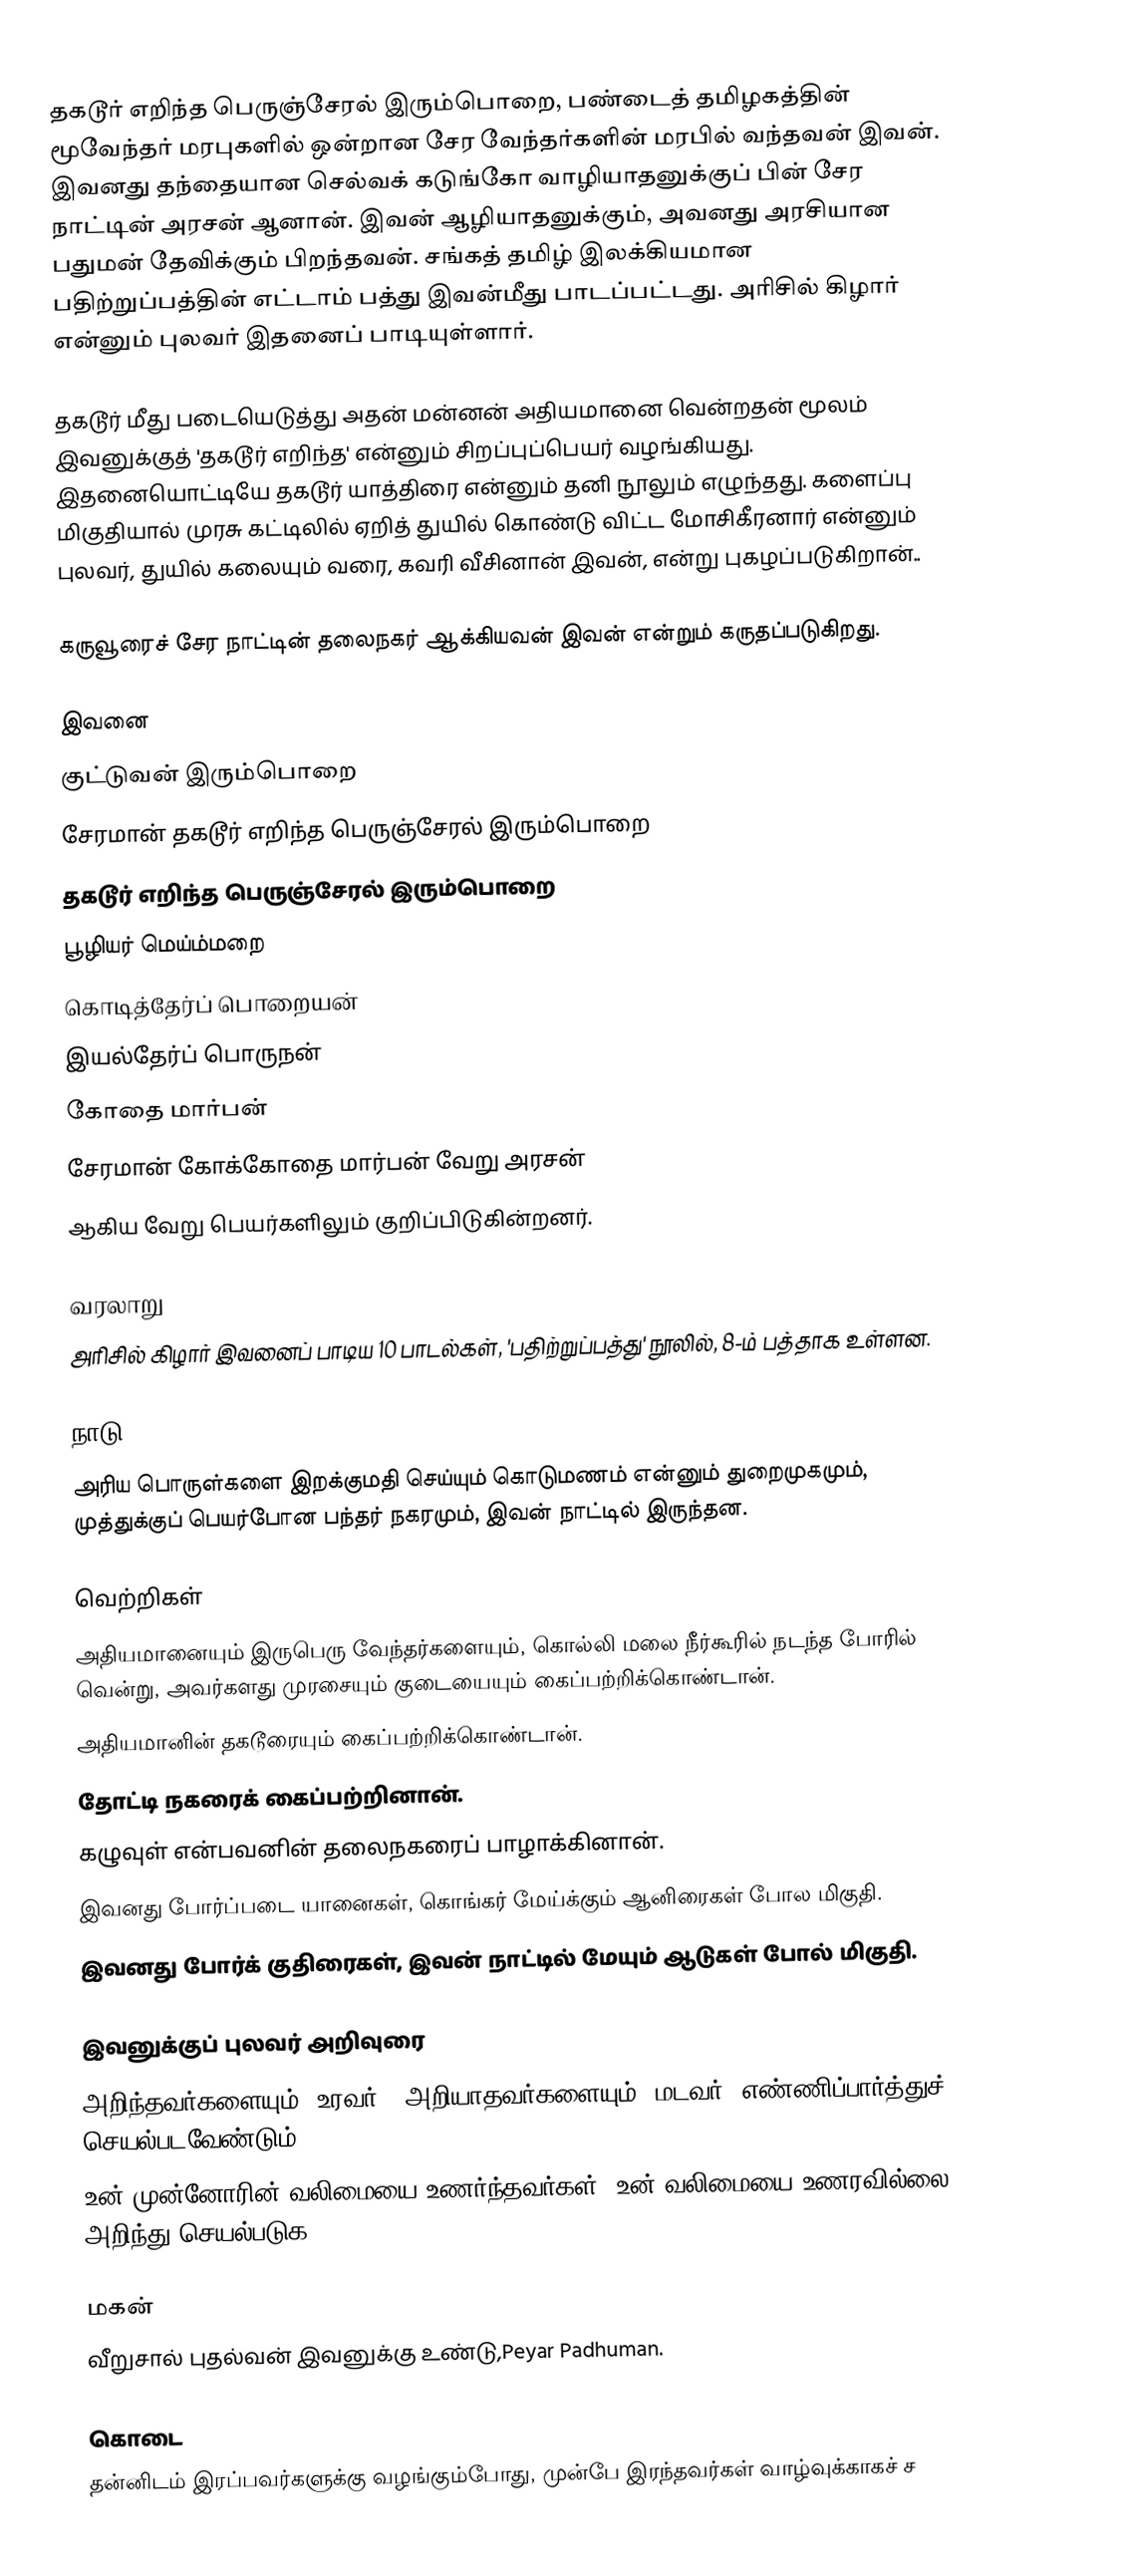
தகடூர் எறிந்த பெருஞ்சேரல் இரும்பொறை, பண்டைத் தமிழகத்தின் மூவேந்தர் மரபுகளில் ஒன்றான சேர வேந்தர்களின் மரபில் வந்தவன் இவன். இவனது தந்தையான செல்வக் கடுங்கோ வாழியாதனுக்குப் பின் சேர நாட்டின் அரசன் ஆனான். இவன் ஆழியாதனுக்கும், அவனது அரசியான பதுமன் தேவிக்கும் பிறந்தவன். சங்கத் தமிழ் இலக்கியமான பதிற்றுப்பத்தின் எட்டாம் பத்து இவன்மீது பாடப்பட்டது. அரிசில் கிழார் என்னும் புலவர் இதனைப் பாடியுள்ளார்.

தகடூர் மீது படையெடுத்து அதன் மன்னன் அதியமானை வென்றதன் மூலம் இவனுக்குத் 'தகடூர் எறிந்த' என்னும் சிறப்புப்பெயர் வழங்கியது. இதனையொட்டியே தகடூர் யாத்திரை என்னும் தனி நூலும் எழுந்தது. களைப்பு மிகுதியால் முரசு கட்டிலில் ஏறித் துயில் கொண்டு விட்ட மோசிகீரனார் என்னும் புலவர், துயில் கலையும் வரை, கவரி வீசினான் இவன், என்று புகழப்படுகிறான்..

கருவூரைச் சேர நாட்டின் தலைநகர் ஆக்கியவன் இவன் என்றும் கருதப்படுகிறது.

இவனை
குட்டுவன் இரும்பொறை
சேரமான் தகடூர் எறிந்த பெருஞ்சேரல் இரும்பொறை
தகடூர் எறிந்த பெருஞ்சேரல் இரும்பொறை
பூழியர் மெய்ம்மறை
கொடித்தேர்ப் பொறையன்
இயல்தேர்ப் பொருநன்
கோதை மார்பன்
 சேரமான் கோக்கோதை மார்பன் வேறு அரசன்
ஆகிய வேறு பெயர்களிலும் குறிப்பிடுகின்றனர்.

வரலாறு
அரிசில் கிழார் இவனைப் பாடிய 10 பாடல்கள், 'பதிற்றுப்பத்து' நூலில், 8-ம் பத்தாக உள்ளன.

நாடு
அரிய பொருள்களை இறக்குமதி செய்யும் கொடுமணம் என்னும் துறைமுகமும், முத்துக்குப் பெயர்போன பந்தர் நகரமும், இவன் நாட்டில் இருந்தன.

வெற்றிகள்
அதியமானையும் இருபெரு வேந்தர்களையும், கொல்லி மலை நீர்கூரில் நடந்த போரில் வென்று, அவர்களது முரசையும் குடையையும் கைப்பற்றிக்கொண்டான்.
அதியமானின் தகடூரையும் கைப்பற்றிக்கொண்டான்.
தோட்டி நகரைக் கைப்பற்றினான்.
கழுவுள் என்பவனின் தலைநகரைப் பாழாக்கினான்.
இவனது போர்ப்படை யானைகள், கொங்கர் மேய்க்கும் ஆனிரைகள் போல மிகுதி.
இவனது போர்க் குதிரைகள், இவன் நாட்டில் மேயும் ஆடுகள் போல் மிகுதி.

இவனுக்குப் புலவர் அறிவுரை
அறிந்தவர்களையும் (உரவர்), அறியாதவர்களையும் (மடவர்) எண்ணிப்பார்த்துச் செயல்படவேண்டும்.
உன் முன்னோரின் வலிமையை உணர்ந்தவர்கள், உன் வலிமையை உணரவில்லை. அறிந்து செயல்படுக.

மகன்
 வீறுசால் புதல்வன் இவனுக்கு உண்டு,Peyar Padhuman.

கொடை
 தன்னிடம் இரப்பவர்களுக்கு வழங்கும்போது, முன்பே இரந்தவர்கள் வாழ்வுக்காகச் ச